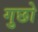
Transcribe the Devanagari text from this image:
गुछो